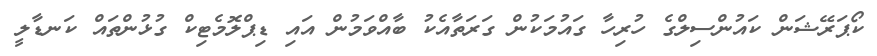
ކޯޕަރޭޝަން ކައުންސިލްގެ ހުރިހާ ގައުމަކުން ގަރަތާއެކު ބާއްވަމުން އައި ޑިޕްލޮމެޓިކް ގުޅުންތައް ކަނޑާލީ